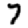
Digit: 7